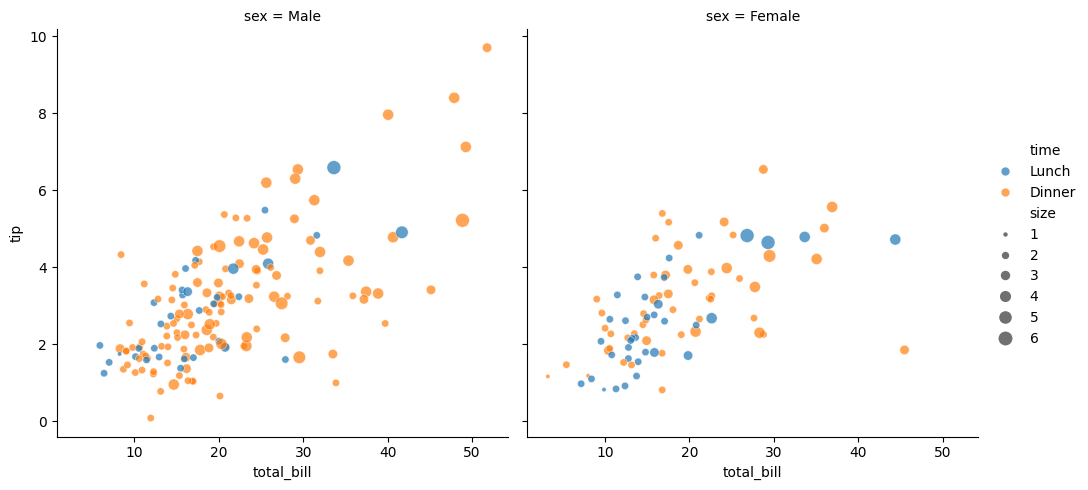
python, seaborn, relplot, alpha=0.7